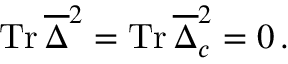
\mathrm { T r } \, \overline { { \Delta } } ^ { 2 } = \mathrm { T r } \, \overline { { \Delta } } _ { c } ^ { 2 } = 0 \, .